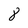
Character: 8